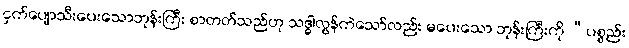
ငှက်ပျောသီးပေးသောဘုန်းကြီး စာတတ်သည်ဟု သဒ္ဓါလွန်ကဲသော်လည်း မပေးသော ဘုန်းကြီးကို “ပစ္စည်း